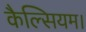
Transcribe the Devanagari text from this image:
कैल्सियम।